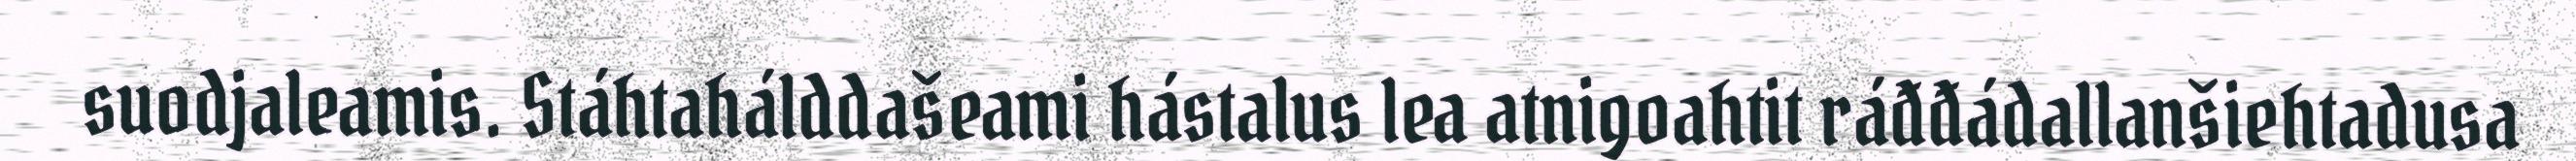
suodjaleamis. Stáhtahálddašeami hástalus lea atnigoahtit ráđđádallanšiehtadusa